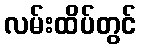
လမ်းထိပ်တွင်